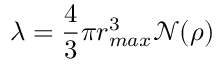
\lambda = \frac { 4 } { 3 } \pi r _ { m a x } ^ { 3 } \mathcal { N } ( \rho )